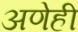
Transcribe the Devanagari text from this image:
अणेही